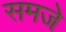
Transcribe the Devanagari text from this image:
समजे